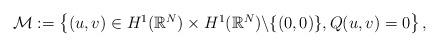
LaTeX: \begin{align*}\left.\begin{array}{ll}\mathcal{M}:=\left\{(u,v)\in H^1(\mathbb{R}^N)\times H^1(\mathbb{R}^N)\backslash\{(0,0)\},Q(u,v)=0\right\},\end{array}\right.\end{align*}